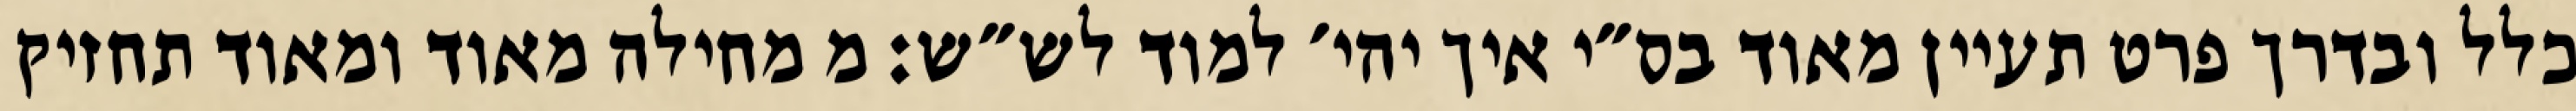
כלל ובדרך פרט תעיין מאוד בס״י איך יהי׳ למוד לש״ש: מ מחילה מאוד ומאוד תחזיק